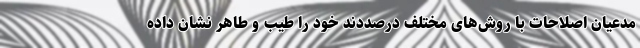
مدعیان اصلاحات با روش‌های مختلف درصددند خود را طیب‌ و طاهر نشان داده